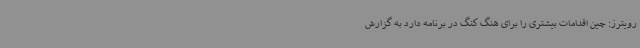
رویترز: چین اقدامات بیشتری را برای هنگ کنگ در برنامه دارد به گزارش